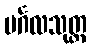
မင်္ဂလသုတ္တ